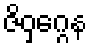
ဇိဝှဂ္ဂေန